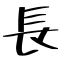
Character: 長